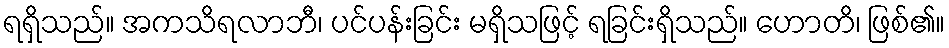
ရရှိသည်။ အကသိရလာဘီ၊ ပင်ပန်းခြင်း မရှိသဖြင့် ရခြင်းရှိသည်။ ဟောတိ၊ ဖြစ်၏။